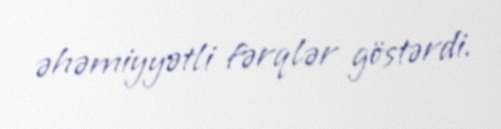
əhəmiyyətli fərqlər göstərdi.